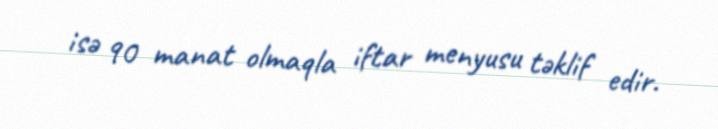
isə 90 manat olmaqla iftar menyusu təklif edir.